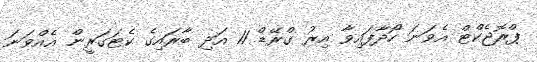
ޕްރޮޖެކްޓް އެވަނަ ހޯދާފައިވާ އިރު ގްރޭޑް 11 އަދި ބާރައިގެ ކެޓަގަރީން އެއްވަނަ